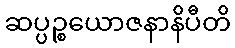
ဆပ္ပဉ္စယောဇနာနိပီတိ